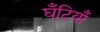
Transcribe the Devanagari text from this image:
घँटियाँ